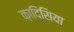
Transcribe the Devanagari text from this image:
क़ादिसिया